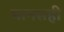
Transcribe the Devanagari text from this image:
मानसही